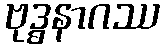
ဗုဒ္ဓနာဂဿ